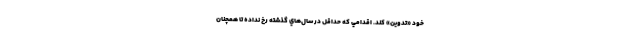
خود «تدوين» كند. اقدامي كه حداقل در سال‌هاي گذشته رخ نداده تا همچنان